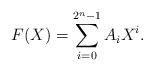
LaTeX: \begin{align*} F(X) = \sum_{i = 0}^{2^n-1} A_i X^i.\end{align*}